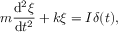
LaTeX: m { \frac { \mathrm { d } ^ { 2 } \xi } { \mathrm { d } t ^ { 2 } } } + k \xi = I \delta ( t ) ,